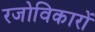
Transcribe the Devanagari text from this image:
रजोविकारों